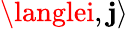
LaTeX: \displaystyle\langlei,\mathbf{j}\rangle